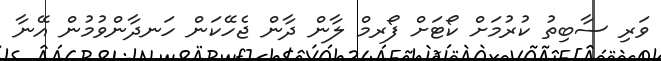
ވަރި ސާބިތު ކުރުމަށް ކޯޓަށް ފޯރމް ލާން ދާން ޖެހޭކަން ހަނދާންވުމުން އޭނާ